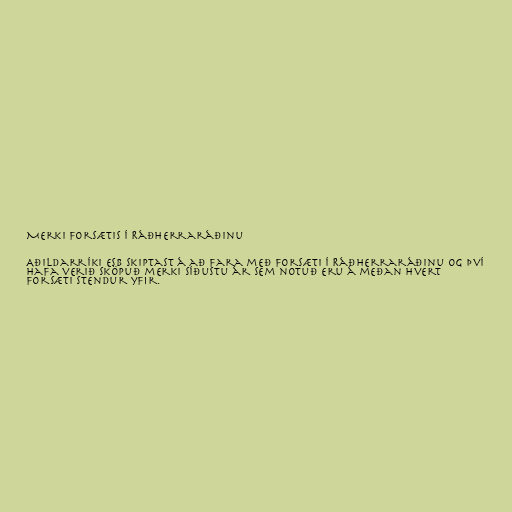
Merki forsætis í Ráðherraráðinu

Aðildarríki ESB skiptast á að fara með forsæti í Ráðherraráðinu og því
hafa verið sköpuð merki síðustu ár sem notuð eru á meðan hvert
forsæti stendur yfir.